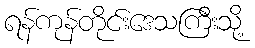
ရန်ကုန်တိုင်းဒေသကြီးသို့